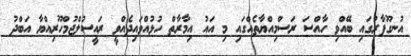
އުނގޫފާރުގައި ބޭއްވި ހާއްސަ ރަސްމިއްޔާތެއްގައި މި އައު އިމާރާތް ހުޅުއްވައިދެއްވީ ރައީސުލްޖުމްހޫރިއްޔާ އަބްދު